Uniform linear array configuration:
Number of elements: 8
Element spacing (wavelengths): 0.5
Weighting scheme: binomial
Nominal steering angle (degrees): -15
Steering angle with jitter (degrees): -14.552
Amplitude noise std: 0.05
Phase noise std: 0.05

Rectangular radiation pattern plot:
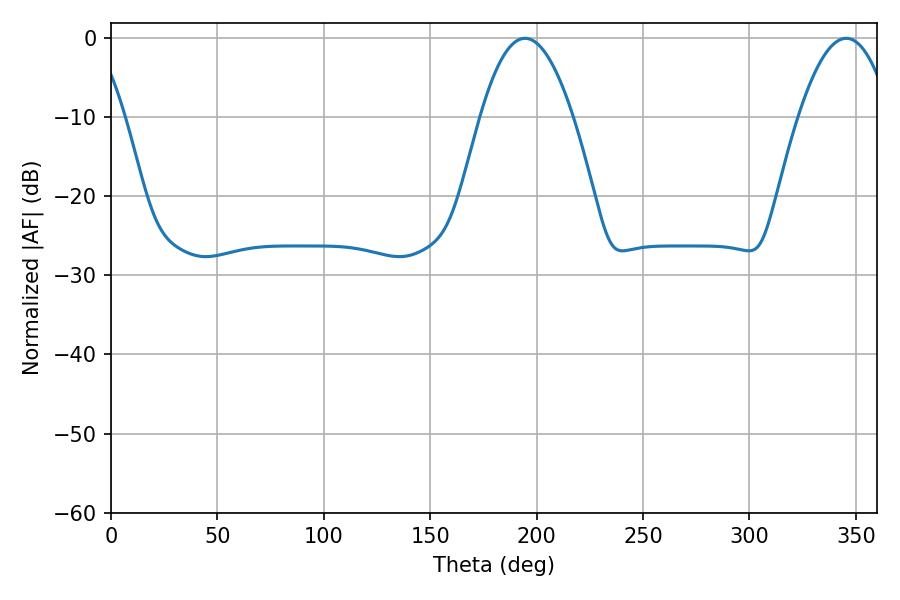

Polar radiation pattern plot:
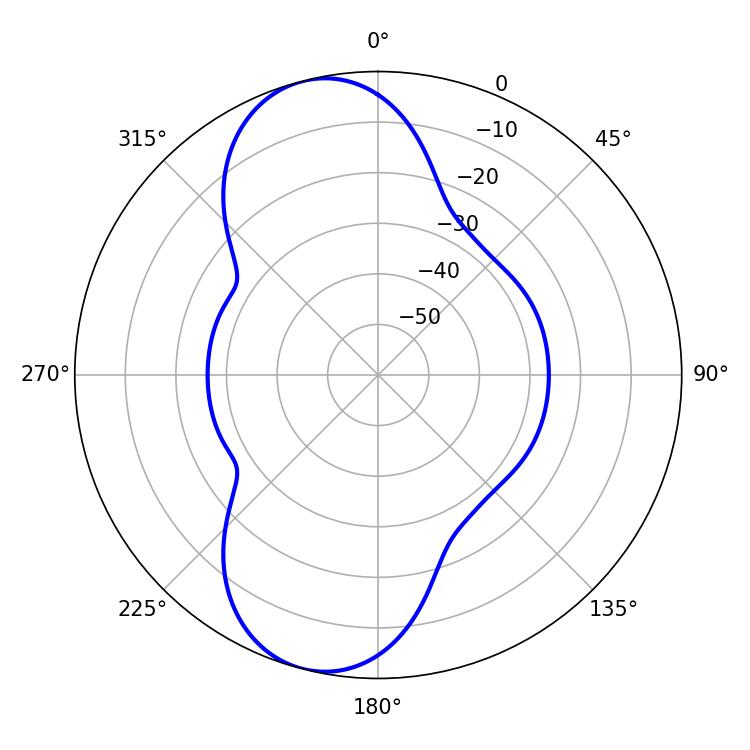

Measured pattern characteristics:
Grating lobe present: FALSE
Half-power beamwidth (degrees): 23.76
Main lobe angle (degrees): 194.58